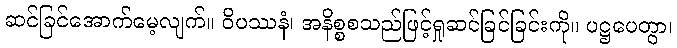
ဆင်ခြင်အောက်မေ့လျက်။ ဝိပဿနံ၊ အနိစ္စစသည်ဖြင့်ရှုဆင်ခြင်ခြင်းကို။ ပဋ္ဌပေတွာ၊